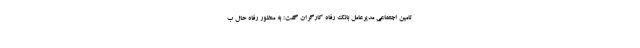
تامین اجتماعی مدیرعامل بانک رفاه کارگران گفت: به منظور رفاه حال ب